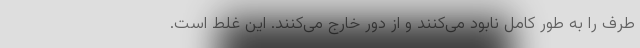
طرف را به طور کامل نابود می‌کنند و از دور خارج می‌کنند. این غلط است.